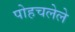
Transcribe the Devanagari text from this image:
पोहचलेले